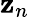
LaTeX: \mathbf{z}_{n}